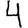
Digit: 4